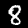
Label: 8